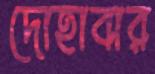
দোহাবার